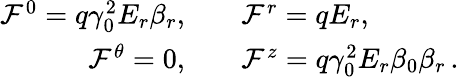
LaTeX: \begin{array}{rl}{\mathcal{F}^{0}=q\gamma_{0}^{2}E_{r}\beta_{r},}&{{}\quad\mathcal{F}^{r}=qE_{r},}\\ {\mathcal{F}^{\theta}=0,}&{{}\quad\mathcal{F}^{z}=q\gamma_{0}^{2}E_{r}\beta_{0}\beta_{r}\, .}\end{array}